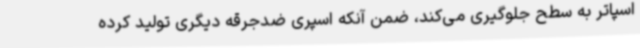
اسپاتر به سطح جلوگیری می‌کند، ضمن آنکه اسپری ضدجرقه دیگری تولید کرده